Report on malaria in the Punjab during the year ...  together with an account of the work of the Punjab Malaria Bureau - Volume 4
Disease focus: Malaria
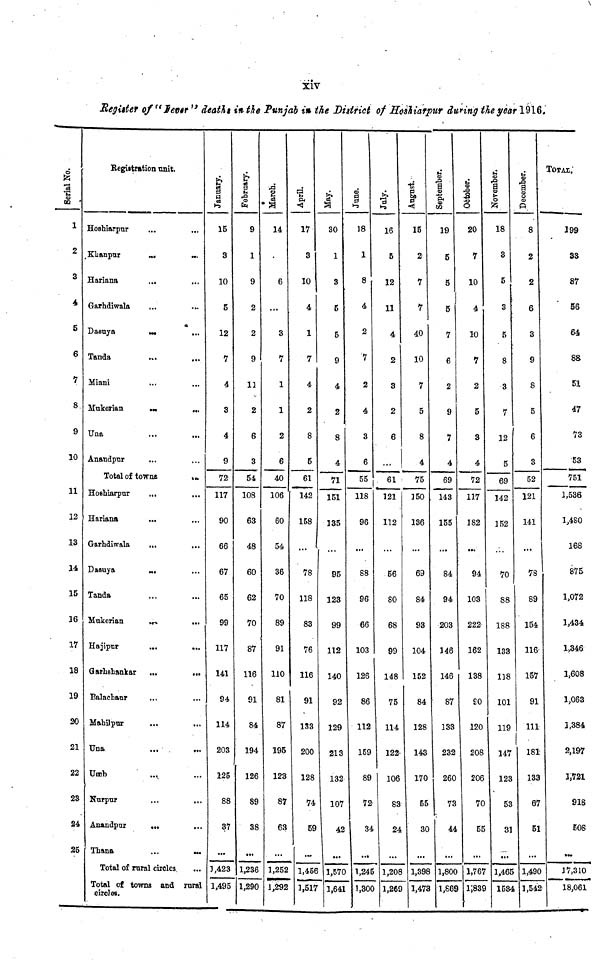
xiv
Register of "Fever" deaths in the Punjab in the District of Hoshiarpur during the year 1916.
Serial No.
1
2
3
4
5
6
7
8
9
10
11
12
13
14
15
16
17
18
19
20
21
22
23
24
25
Registration unit.
Hoshiarpur
Khanpur
...
...
Hariana
...
Garhdiwala
Dasuya
...
...
Tanda
Miani
Mukerian
...
...
Una
Anandpur
...
Total of towne
...
Hoshiarpur
...
...
Hariana
...
...
Garhdiwala
...
...
Dasuya
...
Tanda
...
...
Mukerian
...
...
Hajipur
Garhshankar
...
...
Balachanr
Mahilpnr
Una
Umb
Nurpur
...
...
Anandpur
...
Thana
...
...
Total of rural circles
Total of towns and rural
circle«.
January.
15
3
10
5
12
7
4
3
4
9
72
117
90
66
67
65
99
117
141
94
114
203
125
88
37
...
],423
1,495
February.
9
1
9
2
2
9
13
2
6
3
54
108
63
48
60
62
70
87
116
91
84
194
126
89
38
• ••
1,236
1,290
March.
14
6
...
3
7
1
1
2
6
40
106
60
54
36
70
89
91
110
81
87
195
123
87
63
...
1,252
1,292
April.
17
3
10
4
1
7
4
2
8
5
61
142
158
78
118
83
76
116
91
133
200
128
74
59
1,456
1,517
30
1
3
5
5
9
4
2
8
4
71
151
135
95
123
99
112
140
92
129
213
132
107
42
1,570
1,641
June.
18
1
8
4
2
7
2
4
3
6
55
118
96
88
96
66
103
126
86
112
159
89
72'
34
1,245
1,300
July.
16
5
12
11
4
2
3
2
6
61
121
112
56
so
68
99
148
75
114
122
106
83
24
1,208
1,269
August
15
2
7
7
40
10
7
5
8
4
75
]50
136
69
84
93
104
152
84
128
143
170
55
30
1,398
1,473
September.
19
5
5
5
7
6
2
9
7
4
69
143
155
84
94
203
146
146
87
133
232
260
73
44
1,800
1,869
October.
20
7
10
4
10
7
2
5
3
4
72
117
182
94
103
222
162
138
£0
120
208
206
70
55
1,767
1,839
November.
18
3
5
3
5
8
3
7
12
5
69
142
152
70
88
188
133
118
101
119
147
123
53
31
1,465
1534
December.
8
2
2
6
3
9
8
5
6
3
52
121
141
78
89
154
116
157
91
111
181
133
67
51
1,490
1,542
TOTAL.
199
33
87
56
64
88
51
47
73
53
751
1,536
1,480
168
875
1,072
1,434
1,346
1,608
1,063
1,384
2,197
1,721
918
508
•*•
17,310
18,061